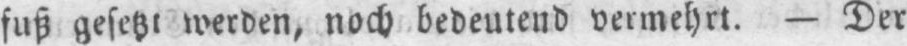
fuß gesetzt werden, noch bedeutend vermehrt. - Der